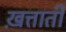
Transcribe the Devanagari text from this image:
ख़त्ताती